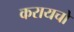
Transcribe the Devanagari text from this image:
करायचो